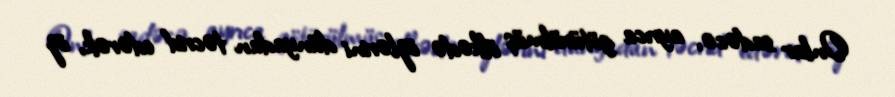
Onlar sadəcə, ayrıca götürülmüş ölkədə özlərini dünyadan təcrid edərək, öz